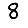
Digit: 8